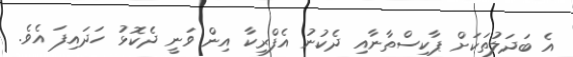
އެ ބަދަލުތަކަށް ޕާކިސްތާނާއި ދެކުނު އެފްރިކާ އިން ވަނީ ދެކޮޅު ހަދައިފަ އެވެ.